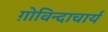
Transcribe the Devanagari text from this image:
ग़ोविन्दाचार्य